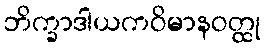
ဘိက္ခာဒါယကဝိမာနဝတ္ထု